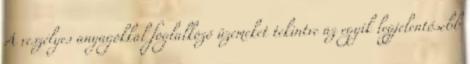
A veszélyes anyagokkal foglalkozó üzemeket tekintve az egyik legjelentősebb